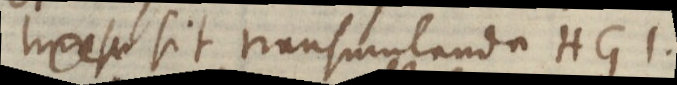
_ sit transumlanda HG1.